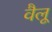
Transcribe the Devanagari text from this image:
वैलू